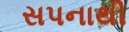
સપનાથી